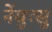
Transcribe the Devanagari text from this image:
नेंबुत्सु